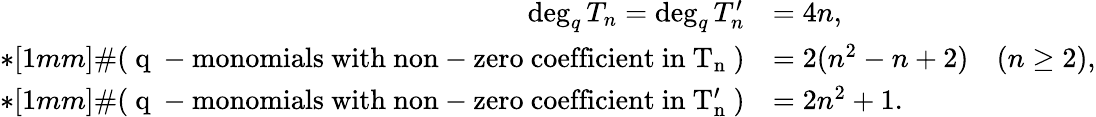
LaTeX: \begin{array}{rl}{\deg_{q}T_{n}=\deg_{q}T_{n}^{\prime}}&{=4n,}\\ {*[1mm]\# \mathrm{(~q~-monomials~with~non-zero~coefficient~in~T_n~)}}&{=2(n^{2}-n+2)\quad(n\geq 2),}\\ {*[1mm]\# \mathrm{(~q~-monomials~with~non-zero~coefficient~in~T_n'~)}}&{=2n^{2}+1.}\end{array}